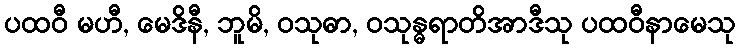
ပထဝီ မဟီ, မေဒိနီ, ဘူမိ, ဝသုဓာ, ဝသုန္ဓရာတိအာဒီသု ပထဝီနာမေသု